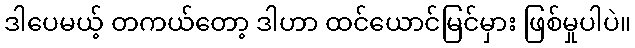
ဒါပေမယ့် တကယ်တော့ ဒါဟာ ထင်ယောင်မြင်မှား ဖြစ်မှုပါပဲ။